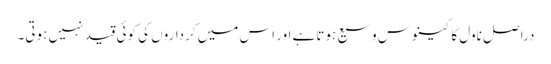
دراصل ناول کا کینوس وسیع ہوتاہے اور اس میں کرداروں کی کوئی قید نہیں ہوتی۔